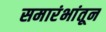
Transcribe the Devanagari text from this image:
समारंभांतून